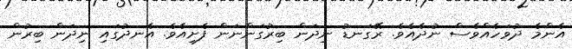
އެންމެ ދުވަހެއްވެސް ނުދެއެވެ. ރޭގަނޑު ނިދަން ބިރުގަންނަން ފެށިއެވެ. އެނދުގައި ނިދަން ބިރުން